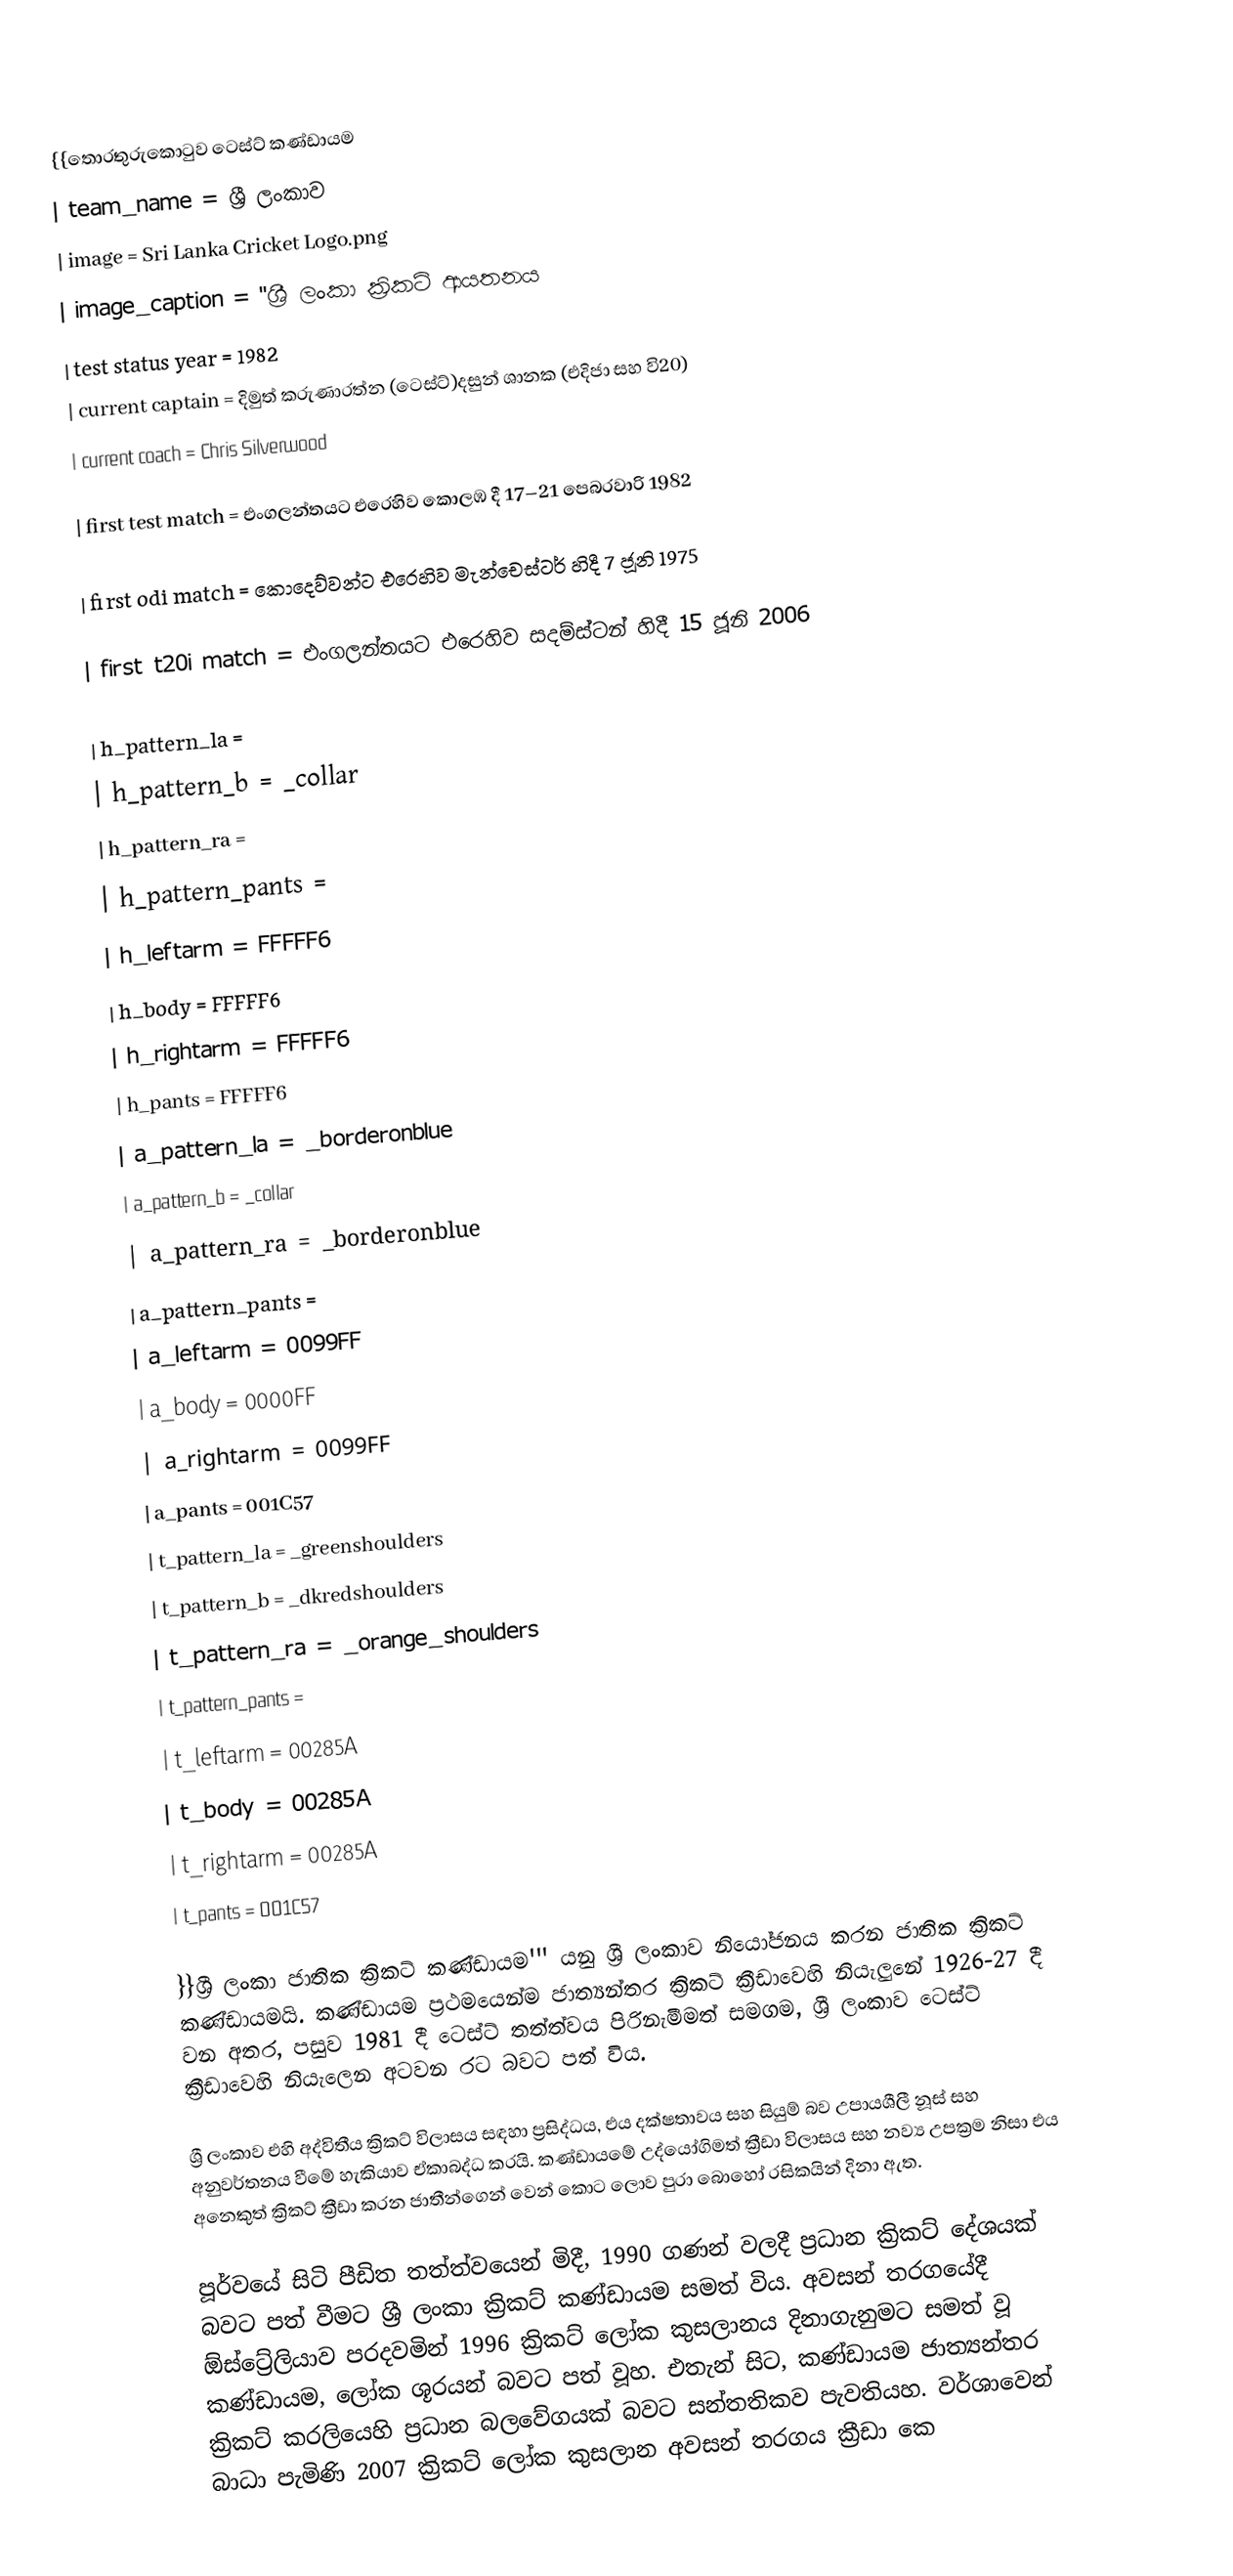
{{තොරතුරුකොටුව ටෙස්ට් කණ්ඩායම
| team_name                      = ශ්‍රී ලංකාව
| image                          = Sri Lanka Cricket Logo.png
| image_caption                  = ''ශ්‍රී ලංකා ක්‍රිකට් ආයතනය
| test status year               = 1982
| current captain                = දිමුත් කරුණාරත්න (ටෙස්ට්)දසුන් ශානක (එදිජා සහ වි20)
| current coach                  = Chris Silverwood

| first test match               = එංගලන්තයට එරෙහිව කොලඹ දී 17–21 පෙබරවාරි 1982

| first odi match                = කොදෙව්වන්ට එරෙහිව මැන්චෙස්ටර් හිදී 7 ජූනි 1975

| first t20i match               = එංගලන්තයට එරෙහිව සදම්ස්ටන් හිදී 15 ජූනි 2006

| h_pattern_la          =
| h_pattern_b           = _collar
| h_pattern_ra          =
| h_pattern_pants       =
| h_leftarm             = FFFFF6
| h_body                = FFFFF6
| h_rightarm            = FFFFF6
| h_pants               = FFFFF6
| a_pattern_la          = _borderonblue
| a_pattern_b           = _collar
| a_pattern_ra          = _borderonblue
| a_pattern_pants       =
| a_leftarm             = 0099FF
| a_body                = 0000FF
| a_rightarm            = 0099FF
| a_pants               = 001C57
| t_pattern_la          = _greenshoulders
| t_pattern_b           = _dkredshoulders
| t_pattern_ra          = _orange_shoulders
| t_pattern_pants       =
| t_leftarm             = 00285A
| t_body                = 00285A
| t_rightarm            = 00285A
| t_pants               = 001C57

}}ශ්‍රී ලංකා ජාතික ක්‍රිකට් කණ්ඩායම''' යනු  ශ්‍රී ලංකාව නියෝජනය කරන ජාතික ක්‍රිකට් කණ්ඩායමයි. කණ්ඩායම ප්‍රථමයෙන්ම ජාත්‍යන්තර ක්‍රිකට් ක්‍රීඩාවෙහි නියැලුනේ 1926-27 දී වන අතර, පසුව 1981 දී  ටෙස්ට් තත්ත්වය පිරිනැමීමත් සමගම,  ශ්‍රී ලංකාව ටෙස්ට් ක්‍රීඩාවෙහි නියැලෙන අටවන රට බවට පත් විය.

ශ්‍රී ලංකාව එහි අද්විතීය ක්‍රිකට් විලාසය සඳහා ප්‍රසිද්ධය, එය දක්ෂතාවය සහ සියුම් බව උපායශීලී නූස් සහ අනුවර්තනය වීමේ හැකියාව ඒකාබද්ධ කරයි. කණ්ඩායමේ උද්යෝගිමත් ක්‍රීඩා විලාසය සහ නව්‍ය උපක්‍රම නිසා එය අනෙකුත් ක්‍රිකට් ක්‍රීඩා කරන ජාතීන්ගෙන් වෙන් කොට ලොව පුරා බොහෝ රසිකයින් දිනා ඇත.

පූර්වයේ සිටි  පීඩිත තත්ත්වයෙන් මිදී,  1990 ගණන් වලදී ප්‍රධාන ක්‍රිකට් දේශයක් බවට පත් වීමට ශ්‍රී ලංකා ක්‍රිකට් කණ්ඩායම සමත් විය. අවසන් තරගයේදී ඕස්ට්‍රේලියාව පරදවමින්  1996 ක්‍රිකට් ලෝක කුසලානය දිනාගැනුමට සමත් වූ කණ්ඩායම, ලෝක ශූරයන් බවට පත් වූහ. එතැන් සිට, කණ්ඩායම ජාත්‍යන්තර ක්‍රිකට් කරලියෙහි ප්‍රධාන බලවේගයක් බවට සන්තතිකව පැවතියහ. වර්ශාවෙන් බාධා පැමිණි  2007 ක්‍රිකට් ලෝක කුසලාන අවසන් තරගය ක්‍රීඩා කෙ